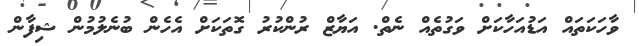
ވާހަކަތައް އަޑުއަހާކަށް ވަގުތެއް ނެތް. އަޔާޒް ރުންކުރު ގޮތަކަށް އެހެން ބުނެލުމުން ޝިފާން